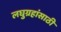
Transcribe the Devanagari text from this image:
लघुग्रहांसाठी